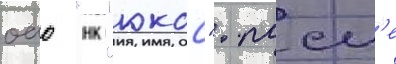
оао "нк "юкос". посл'е